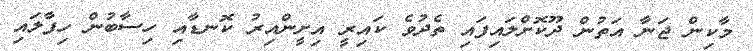
މާކިން ޖަނާ އަތުން ދޫކޮށްލައިފައި ތެދުވެ ކައިރީ އިށީންއިރު ކޮނޑާއި ހިސާބުން ހިފާލައި